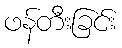
ဖန်တီးခြင်း